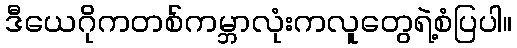
ဒီယေဂိုကတစ်ကမ္ဘာလုံးကလူတွေရဲ့စံပြပါ။